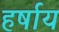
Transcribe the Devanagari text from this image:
हर्षाय